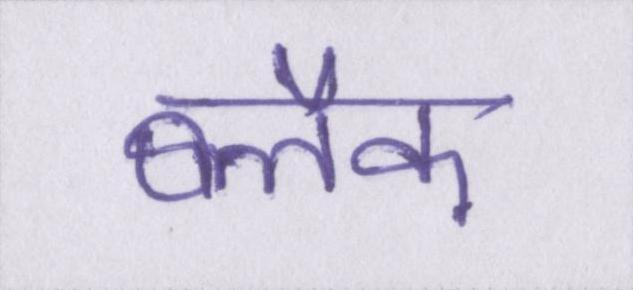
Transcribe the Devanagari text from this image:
ब्लैक